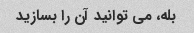
بله، می توانید آن را بسازید